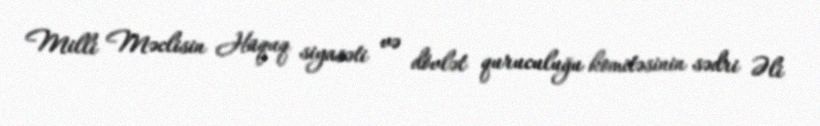
Milli Məclisin Hüquq siyasəti və dövlət quruculuğu komitəsinin sədri Əli